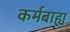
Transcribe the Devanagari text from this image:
कर्मबाह्य